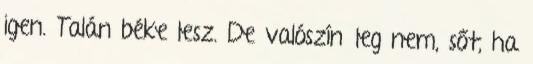
igen. Talán béke lesz. De valószínűleg nem, sőt, ha